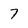
Character: 7